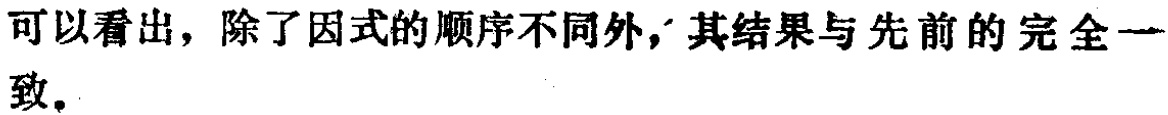
可以看出，除了因式的顺序不同外，其结果与先前的完全一致。